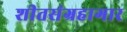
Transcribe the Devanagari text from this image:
शीतसंग्रहागार